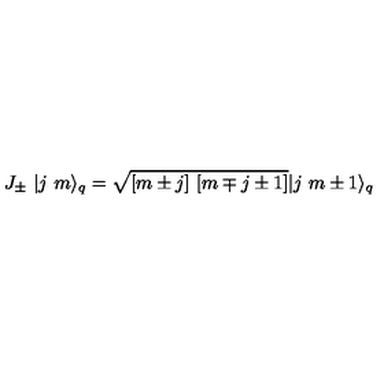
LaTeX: J _ { \pm } \ | j \ m \rangle _ { q } = \sqrt { [ m \pm j ] \ [ m \mp j \pm 1 ] } | j \ m \pm 1 \rangle _ { q }